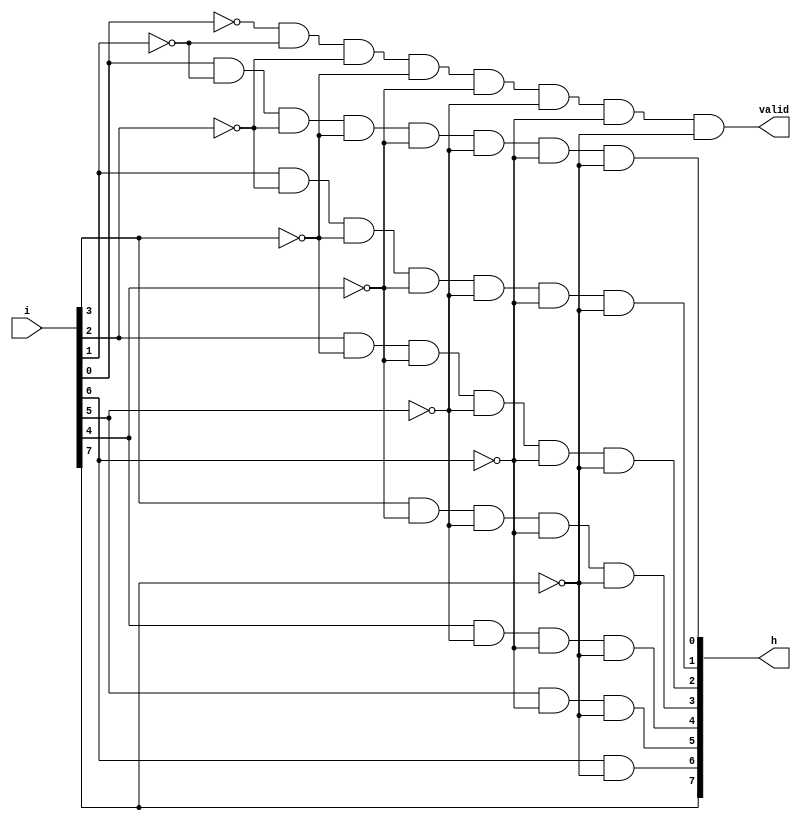
module priority_ckt(i,h,valid);
input [7:0] i;
output [7:0]h;
output valid;
assign valid= ~i[0] & ~i[1] & ~i[2] & ~i[3] & ~i[4] & ~i[5] & ~i[6] & ~i[7];
assign h[7]= i[7];
assign h[6]= i[6] & ~i[7];
assign h[5]= i[5] & ~i[6] & ~i[7];
assign h[4]= i[4] & ~i[5] & ~i[6] & ~i[7];
assign h[3]= i[3] & ~i[4] & ~i[5] & ~i[6] & ~i[7];
assign h[2]= i[2] & ~i[3] & ~i[4] & ~i[5] & ~i[6] & ~i[7];
assign h[1]= i[1] & ~i[2] & ~i[3] & ~i[4] & ~i[5] & ~i[6] & ~i[7];
assign h[0]= i[0] & ~i[1] & ~i[2] & ~i[3] & ~i[4] & ~i[5] & ~i[6] & ~i[7];
endmodule